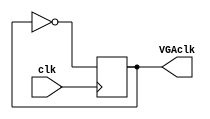
module VGAFrequency(
    // input CLOCK_50, //for test
	 input clk,
    output reg VGAclk
    );
	 
	//we write an initial block just for simulation convenience
	initial
	begin
		VGAclk = 1;
	end

	always @ (posedge clk) 
	begin
		VGAclk <= ~VGAclk; // VGAclk is 25 MHz since CLOCK_50 is 50MHZ
	end

endmodule